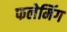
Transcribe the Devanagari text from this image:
फलेमिंग